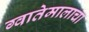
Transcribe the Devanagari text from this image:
ग्वातेमालाचा